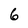
Character: 6